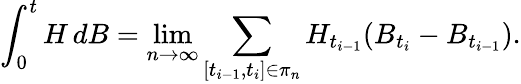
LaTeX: \int_{0}^{t}H\, dB=\operatorname*{lim}_{n\rightarrow\infty}\sum_{[t_{i-1},t_{i}]\in\pi_{n}}H_{t_{i-1}}(B_{t_{i}}-B_{t_{i-1}}).